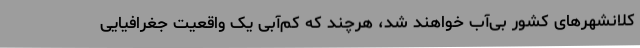
کلانشهرهای کشور بی‌آب خواهند شد، هرچند که کم‌آبی یک واقعیت جغرافیایی